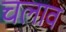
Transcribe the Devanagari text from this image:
चलाव